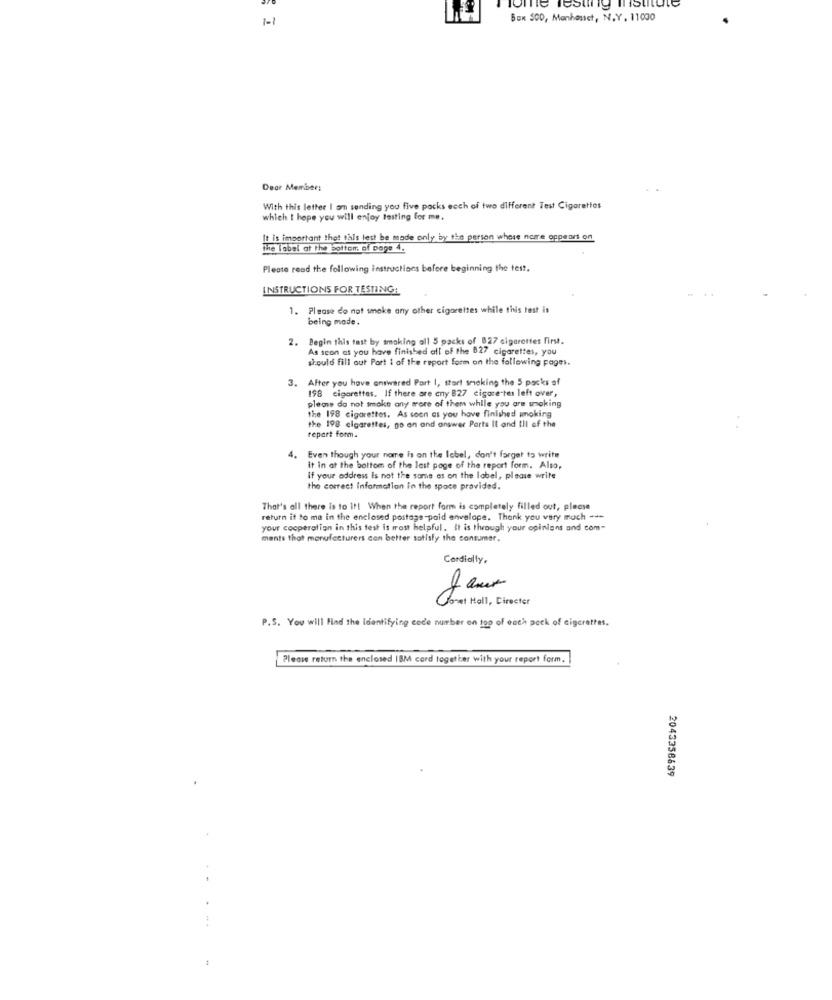
Testing Institute
1-1
Box 500, Manhouset, N.Y. 11000
Dear Member:
With this letter I am sending you five packs ecch of two different Test Cigarettes
which I hope you will enjoy testing for me.
It is important that this lest be made only by the person whose name appears on
The Tabel at the bottom. of page 4.
Please read the following instructions before beginning the test.
INSTRUCTIONS FOR TESTING:
1. Please do not smoke any other cigarettes while this test is
being mode.
2. Begin this fast by smoking all 5 packs of 827 cigarettes first.
As soon as you have finished all of the 827 cigarettes, you
should fill out Part I of the report form on the following pages.
3. After you have answered Part I, start smoking the 5 packs of
198 cigarettes. If there are cny 827 cigare-tes left over,
please do not smoke any more of them while you are smoking
the 198 cigarettes. As soon as you have finished woking
the 198 cigarettes, go on and answer Parts It and Ill of the
report form.
4.
Even though your name is on the Ichel, don't forget to write
it in at the bottom of the last page of the report form. Also,
If your address Is not the same as on the label, please write
the correct information in the space provided.
That's all there is to It! When the report form is completely filled out, please
return it to ma in the enclosed postage paid envelope. Thank you very much ---
your cooperation in this test is most helpful. It is through your opinions and com-
mants that manufacturers con better satisfy the consumer.
Cordially,
Great Hall, Directer
P.S. You will Find the Identifying code number on top of each pock of cigarettes.
Please return the enclosed IBM cord together with your report form.
2043358639